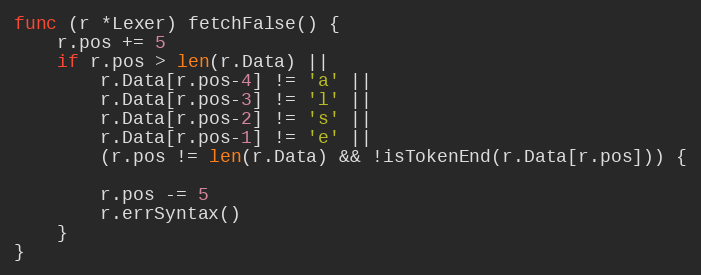
Language: Go
func (r *Lexer) fetchFalse() {
	r.pos += 5
	if r.pos > len(r.Data) ||
		r.Data[r.pos-4] != 'a' ||
		r.Data[r.pos-3] != 'l' ||
		r.Data[r.pos-2] != 's' ||
		r.Data[r.pos-1] != 'e' ||
		(r.pos != len(r.Data) && !isTokenEnd(r.Data[r.pos])) {

		r.pos -= 5
		r.errSyntax()
	}
}